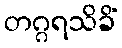
တဂ္ဂရသိခိံ